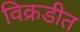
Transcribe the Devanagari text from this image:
विक्रडीत